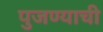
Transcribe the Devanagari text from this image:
पुजण्याची